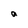
Character: a